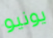
يونيو